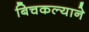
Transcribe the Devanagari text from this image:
बिचकल्याने